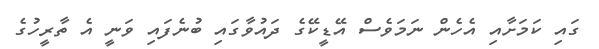
ގައި ކަމަށާއި އެހެން ނަމަވެސް އޭޑީކޭގެ ދައުވާގައި ބުނެފައި ވަނީ އެ ތާރީހުގެ